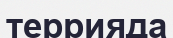
террияда